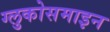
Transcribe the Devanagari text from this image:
ग्लुकोसमाइन